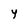
Character: Y